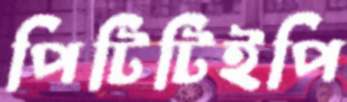
পিটিটিইপি